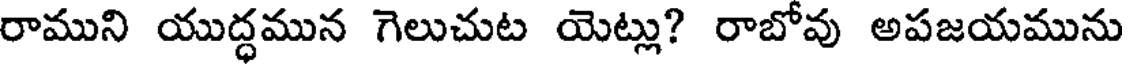
రాముని యుద్ధమున గెలుచుట యెట్లు? రాబోవు అపజయమును